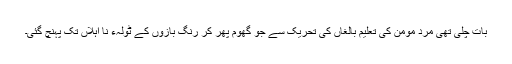
بات چلی تھی مرد مومن کی تعلیم بالغاں کی تحریک سے جو گھوم پھر کر رنگ بازوں کے ٹولہء نا اہلاں تک پہنچ گئی۔